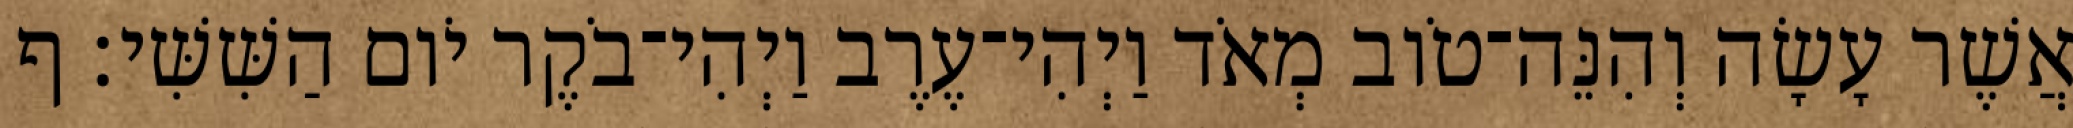
אֲשֶׁר עָשָׂה וְהִנֵּה־טֹוב מְאֹד וַיְהִי־עֶרֶב וַיְהִי־בֹקֶר יֹום הַשִּׁשִּׁי׃ ף